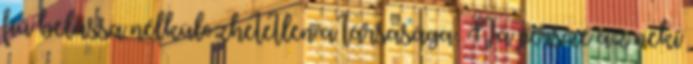
fiú belássa nélkülözhetetlen a társasága. Na persze az neki